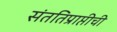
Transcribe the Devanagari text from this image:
संततिप्राप्तीची